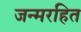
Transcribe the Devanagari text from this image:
जन्मरहित